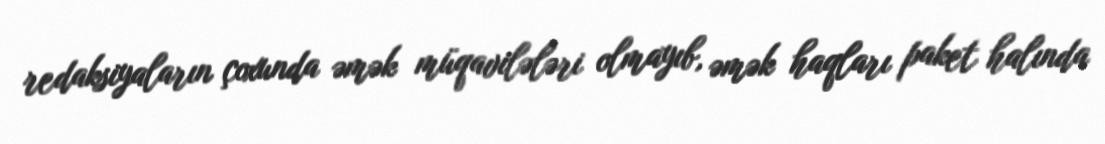
redaksiyaların çoxunda əmək müqavilələri olmayıb, əmək haqları paket halında